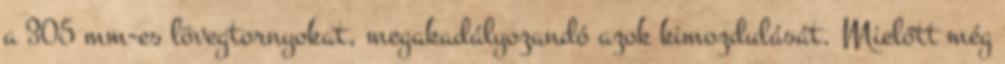
a 305 mm-es lövegtornyokat, megakadályozandó azok kimozdulását. Mielőtt még